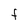
Character: e